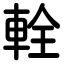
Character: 輇